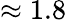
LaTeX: \approx 1.8